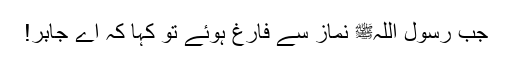
جب رسول اللہﷺ نماز سے فارغ ہوئے تو کہا کہ اے جابر!